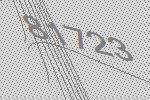
81723